Report of the Indian Hemp Drugs Commission, 1894-1895 - Volume II
Year: 1894
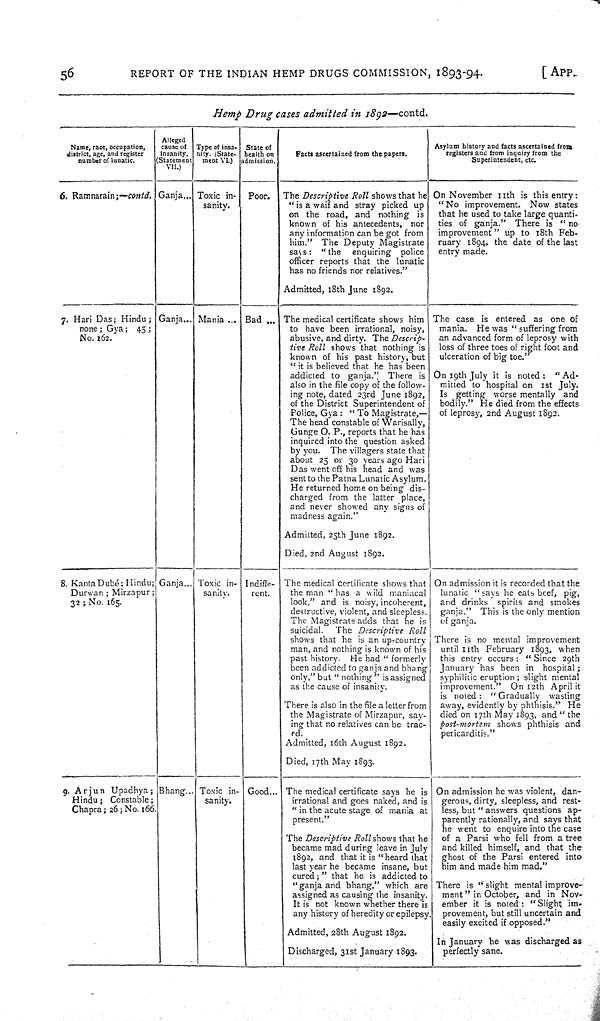
56
REPORT OF THE INDIAN HEMP DRUGS COMMISSION, 1893-94.
[APP.
Hemp
Drug
cases
admitted
in
1892—contd.
Name, race, occupation,
district, age, and register
number of lunatic.
Alleged
cause of
Insanity.
Statement
VII.)
Type of insa-
nity. (State-
ment VI.)
State of
health on
admission.
Facts ascertained from the papers.
Asylum history and facts ascertained from
registers and from inquiry from the
Superintendent, etc.
Name, race, occupation,
district, age, and register
number of lunatic.
Alleged
cause of
Insanity.
Statement
VII.)
Type of insa-
nity. (State-
ment VI.)
State of
health on
admission.
Facts ascertained from the papers.
Asylum history and facts ascertained from
registers and from inquiry from the
Superintendent, etc.
Name, race, occupation,
district, age, and register
number of lunatic.
Alleged
cause of
Insanity.
Statement
VII.)
Type of insa-
nity. (State-
ment VI.)
State of
health on
admission.
Facts ascertained from the papers.
Asylum history and facts ascertained from
registers and from inquiry from the
Superintendent, etc.
Name, race, occupation,
district, age, and register
number of lunatic.
Alleged
cause of
Insanity.
Statement
VII.)
Type of insa-
nity. (State-
ment VI.)
State of
health on
admission.
Facts ascertained from the papers.
Asylum history and facts ascertained from
registers and from inquiry from the
Superintendent, etc.
6. Ramnarain;—contd. Ganja
Toxic in-
sanity.
Poor.
The Descriptive
Roll shows that he
"is a waif and stray picked up
on the road, and nothing
is
known of his antecedents,
nor
any information can be got from
him."
The Deputy Magistrate
says:
"the
enquiring
police
officer reports that the lunatic
has no friends nor relatives."
Admitted, 18th June 1892.
On November 11th is this entry:
"No improvement.
Now states
that he used to take large quanti-
ties of ganja."
There is
"no
improvement" up to 18th Feb-
ruary 1894, the date of the last
entry made.
6. Ramnarain;—contd. Ganja
Toxic in-
sanity.
Poor.
The Descriptive
Roll shows that he
"is a waif and stray picked up
on the road, and nothing
is
known of his antecedents,
nor
any information can be got from
him."
The Deputy Magistrate
says:
"the
enquiring
police
officer reports that the lunatic
has no friends nor relatives."
Admitted, 18th June 1892.
On November 11th is this entry:
"No improvement.
Now states
that he used to take large quanti-
ties of ganja."
There is
"no
improvement" up to 18th Feb-
ruary 1894, the date of the last
entry made.
6. Ramnarain;—contd. Ganja
Toxic in-
sanity.
Poor.
The Descriptive
Roll shows that he
"is a waif and stray picked up
on the road, and nothing
is
known of his antecedents,
nor
any information can be got from
him."
The Deputy Magistrate
says:
"the
enquiring
police
officer reports that the lunatic
has no friends nor relatives."
Admitted, 18th June 1892.
On November 11th is this entry:
"No improvement.
Now states
that he used to take large quanti-
ties of ganja."
There is
"no
improvement" up to 18th Feb-
ruary 1894, the date of the last
entry made.
6. Ramnarain;—contd. Ganja
Toxic in-
sanity.
Poor.
The Descriptive
Roll shows that he
"is a waif and stray picked up
on the road, and nothing
is
known of his antecedents,
nor
any information can be got from
him."
The Deputy Magistrate
says:
"the
enquiring
police
officer reports that the lunatic
has no friends nor relatives."
Admitted, 18th June 1892.
On November 11th is this entry:
"No improvement.
Now states
that he used to take large quanti-
ties of ganja."
There is
"no
improvement" up to 18th Feb-
ruary 1894, the date of the last
entry made.
6. Ramnarain;—contd. Ganja
Toxic in-
sanity.
Poor.
The Descriptive
Roll shows that he
"is a waif and stray picked up
on the road, and nothing
is
known of his antecedents,
nor
any information can be got from
him."
The Deputy Magistrate
says:
"the
enquiring
police
officer reports that the lunatic
has no friends nor relatives."
Admitted, 18th June 1892.
On November 11th is this entry:
"No improvement.
Now states
that he used to take large quanti-
ties of ganja."
There is
"no
improvement" up to 18th Feb-
ruary 1894, the date of the last
entry made.
6. Ramnarain;—contd. Ganja
Toxic in-
sanity.
Poor.
The Descriptive
Roll shows that he
"is a waif and stray picked up
on the road, and nothing
is
known of his antecedents,
nor
any information can be got from
him."
The Deputy Magistrate
says:
"the
enquiring
police
officer reports that the lunatic
has no friends nor relatives."
Admitted, 18th June 1892.
On November 11th is this entry:
"No improvement.
Now states
that he used to take large quanti-
ties of ganja."
There is
"no
improvement" up to 18th Feb-
ruary 1894, the date of the last
entry made.
6. Ramnarain;—contd. Ganja
Toxic in-
sanity.
Poor.
The Descriptive
Roll shows that he
"is a waif and stray picked up
on the road, and nothing
is
known of his antecedents,
nor
any information can be got from
him."
The Deputy Magistrate
says:
"the
enquiring
police
officer reports that the lunatic
has no friends nor relatives."
Admitted, 18th June 1892.
On November 11th is this entry:
"No improvement.
Now states
that he used to take large quanti-
ties of ganja."
There is
"no
improvement" up to 18th Feb-
ruary 1894, the date of the last
entry made.
6. Ramnarain;—contd. Ganja
Toxic in-
sanity.
Poor.
The Descriptive
Roll shows that he
"is a waif and stray picked up
on the road, and nothing
is
known of his antecedents,
nor
any information can be got from
him."
The Deputy Magistrate
says:
"the
enquiring
police
officer reports that the lunatic
has no friends nor relatives."
Admitted, 18th June 1892.
On November 11th is this entry:
"No improvement.
Now states
that he used to take large quanti-
ties of ganja."
There is
"no
improvement" up to 18th Feb-
ruary 1894, the date of the last
entry made.
6. Ramnarain;—contd. Ganja
Toxic in-
sanity.
Poor.
The Descriptive
Roll shows that he
"is a waif and stray picked up
on the road, and nothing
is
known of his antecedents,
nor
any information can be got from
him."
The Deputy Magistrate
says:
"the
enquiring
police
officer reports that the lunatic
has no friends nor relatives."
Admitted, 18th June 1892.
On November 11th is this entry:
"No improvement.
Now states
that he used to take large quanti-
ties of ganja."
There is
"no
improvement" up to 18th Feb-
ruary 1894, the date of the last
entry made.
6. Ramnarain;—contd. Ganja
Toxic in-
sanity.
Poor.
The Descriptive
Roll shows that he
"is a waif and stray picked up
on the road, and nothing
is
known of his antecedents,
nor
any information can be got from
him."
The Deputy Magistrate
says:
"the
enquiring
police
officer reports that the lunatic
has no friends nor relatives."
Admitted, 18th June 1892.
On November 11th is this entry:
"No improvement.
Now states
that he used to take large quanti-
ties of ganja."
There is
"no
improvement" up to 18th Feb-
ruary 1894, the date of the last
entry made.
7. Hari Das; Hindu;
none; Gya;
45;
No. 162.
Ganja
Mania
Bad
The medical certificate shows him
to have been irrational, noisy,
abusive, and dirty. The
Descrip-
tive Roll
shows that nothing is
known of his past history, but
"it is believed that he has been
addicted to ganja."
There is
also in the file copy of the follow-
ing note, dated 23rd June 1892,
of the District Superintendent of
Police, Gya: "To Magistrate,—
The head constable of Warisally,
Gunge O. P., reports that he has
inquired into the question asked
by you.
The villagers state that
about 25 or 30 years ago Hari
Das went off his head and was
sent to the Patna Lunatic Asylum.
He returned home on being dis-
charged from the latter place,
and never showed any signs of
madness again."
Admitted, 25th June 1892.
Died, 2nd August 1892.
The case is entered as one of
mania.
He was "suffering from
an advanced form of leprosy with
loss of three toes of right foot and
ulceration of big toe."
On 19th July it is noted:
"Ad-
mitted to hospital on 1st July.
Is
getting worse mentally
and
bodily." He died from the effects
of leprosy, 2nd August 1892.
7. Hari Das; Hindu;
none; Gya;
45;
No. 162.
Ganja
Mania
Bad
The medical certificate shows him
to have been irrational, noisy,
abusive, and dirty. The
Descrip-
tive Roll
shows that nothing is
known of his past history, but
"it is believed that he has been
addicted to ganja."
There is
also in the file copy of the follow-
ing note, dated 23rd June 1892,
of the District Superintendent of
Police, Gya: "To Magistrate,—
The head constable of Warisally,
Gunge O. P., reports that he has
inquired into the question asked
by you.
The villagers state that
about 25 or 30 years ago Hari
Das went off his head and was
sent to the Patna Lunatic Asylum.
He returned home on being dis-
charged from the latter place,
and never showed any signs of
madness again."
Admitted, 25th June 1892.
Died, 2nd August 1892.
The case is entered as one of
mania.
He was "suffering from
an advanced form of leprosy with
loss of three toes of right foot and
ulceration of big toe."
On 19th July it is noted:
"Ad-
mitted to hospital on 1st July.
Is
getting worse mentally
and
bodily." He died from the effects
of leprosy, 2nd August 1892.
7. Hari Das; Hindu;
none; Gya;
45;
No. 162.
Ganja
Mania
Bad
The medical certificate shows him
to have been irrational, noisy,
abusive, and dirty. The
Descrip-
tive Roll
shows that nothing is
known of his past history, but
"it is believed that he has been
addicted to ganja."
There is
also in the file copy of the follow-
ing note, dated 23rd June 1892,
of the District Superintendent of
Police, Gya: "To Magistrate,—
The head constable of Warisally,
Gunge O. P., reports that he has
inquired into the question asked
by you.
The villagers state that
about 25 or 30 years ago Hari
Das went off his head and was
sent to the Patna Lunatic Asylum.
He returned home on being dis-
charged from the latter place,
and never showed any signs of
madness again."
Admitted, 25th June 1892.
Died, 2nd August 1892.
The case is entered as one of
mania.
He was "suffering from
an advanced form of leprosy with
loss of three toes of right foot and
ulceration of big toe."
On 19th July it is noted:
"Ad-
mitted to hospital on 1st July.
Is
getting worse mentally
and
bodily." He died from the effects
of leprosy, 2nd August 1892.
7. Hari Das; Hindu;
none; Gya;
45;
No. 162.
Ganja
Mania
Bad
The medical certificate shows him
to have been irrational, noisy,
abusive, and dirty. The
Descrip-
tive Roll
shows that nothing is
known of his past history, but
"it is believed that he has been
addicted to ganja."
There is
also in the file copy of the follow-
ing note, dated 23rd June 1892,
of the District Superintendent of
Police, Gya: "To Magistrate,—
The head constable of Warisally,
Gunge O. P., reports that he has
inquired into the question asked
by you.
The villagers state that
about 25 or 30 years ago Hari
Das went off his head and was
sent to the Patna Lunatic Asylum.
He returned home on being dis-
charged from the latter place,
and never showed any signs of
madness again."
Admitted, 25th June 1892.
Died, 2nd August 1892.
The case is entered as one of
mania.
He was "suffering from
an advanced form of leprosy with
loss of three toes of right foot and
ulceration of big toe."
On 19th July it is noted:
"Ad-
mitted to hospital on 1st July.
Is
getting worse mentally
and
bodily." He died from the effects
of leprosy, 2nd August 1892.
7. Hari Das; Hindu;
none; Gya;
45;
No. 162.
Ganja
Mania
Bad
The medical certificate shows him
to have been irrational, noisy,
abusive, and dirty. The
Descrip-
tive Roll
shows that nothing is
known of his past history, but
"it is believed that he has been
addicted to ganja."
There is
also in the file copy of the follow-
ing note, dated 23rd June 1892,
of the District Superintendent of
Police, Gya: "To Magistrate,—
The head constable of Warisally,
Gunge O. P., reports that he has
inquired into the question asked
by you.
The villagers state that
about 25 or 30 years ago Hari
Das went off his head and was
sent to the Patna Lunatic Asylum.
He returned home on being dis-
charged from the latter place,
and never showed any signs of
madness again."
Admitted, 25th June 1892.
Died, 2nd August 1892.
The case is entered as one of
mania.
He was "suffering from
an advanced form of leprosy with
loss of three toes of right foot and
ulceration of big toe."
On 19th July it is noted:
"Ad-
mitted to hospital on 1st July.
Is
getting worse mentally
and
bodily." He died from the effects
of leprosy, 2nd August 1892.
7. Hari Das; Hindu;
none; Gya;
45;
No. 162.
Ganja
Mania
Bad
The medical certificate shows him
to have been irrational, noisy,
abusive, and dirty. The
Descrip-
tive Roll
shows that nothing is
known of his past history, but
"it is believed that he has been
addicted to ganja."
There is
also in the file copy of the follow-
ing note, dated 23rd June 1892,
of the District Superintendent of
Police, Gya: "To Magistrate,—
The head constable of Warisally,
Gunge O. P., reports that he has
inquired into the question asked
by you.
The villagers state that
about 25 or 30 years ago Hari
Das went off his head and was
sent to the Patna Lunatic Asylum.
He returned home on being dis-
charged from the latter place,
and never showed any signs of
madness again."
Admitted, 25th June 1892.
Died, 2nd August 1892.
The case is entered as one of
mania.
He was "suffering from
an advanced form of leprosy with
loss of three toes of right foot and
ulceration of big toe."
On 19th July it is noted:
"Ad-
mitted to hospital on 1st July.
Is
getting worse mentally
and
bodily." He died from the effects
of leprosy, 2nd August 1892.
7. Hari Das; Hindu;
none; Gya;
45;
No. 162.
Ganja
Mania
Bad
The medical certificate shows him
to have been irrational, noisy,
abusive, and dirty. The
Descrip-
tive Roll
shows that nothing is
known of his past history, but
"it is believed that he has been
addicted to ganja."
There is
also in the file copy of the follow-
ing note, dated 23rd June 1892,
of the District Superintendent of
Police, Gya: "To Magistrate,—
The head constable of Warisally,
Gunge O. P., reports that he has
inquired into the question asked
by you.
The villagers state that
about 25 or 30 years ago Hari
Das went off his head and was
sent to the Patna Lunatic Asylum.
He returned home on being dis-
charged from the latter place,
and never showed any signs of
madness again."
Admitted, 25th June 1892.
Died, 2nd August 1892.
The case is entered as one of
mania.
He was "suffering from
an advanced form of leprosy with
loss of three toes of right foot and
ulceration of big toe."
On 19th July it is noted:
"Ad-
mitted to hospital on 1st July.
Is
getting worse mentally
and
bodily." He died from the effects
of leprosy, 2nd August 1892.
7. Hari Das; Hindu;
none; Gya;
45;
No. 162.
Ganja
Mania
Bad
The medical certificate shows him
to have been irrational, noisy,
abusive, and dirty. The
Descrip-
tive Roll
shows that nothing is
known of his past history, but
"it is believed that he has been
addicted to ganja."
There is
also in the file copy of the follow-
ing note, dated 23rd June 1892,
of the District Superintendent of
Police, Gya: "To Magistrate,—
The head constable of Warisally,
Gunge O. P., reports that he has
inquired into the question asked
by you.
The villagers state that
about 25 or 30 years ago Hari
Das went off his head and was
sent to the Patna Lunatic Asylum.
He returned home on being dis-
charged from the latter place,
and never showed any signs of
madness again."
Admitted, 25th June 1892.
Died, 2nd August 1892.
The case is entered as one of
mania.
He was "suffering from
an advanced form of leprosy with
loss of three toes of right foot and
ulceration of big toe."
On 19th July it is noted:
"Ad-
mitted to hospital on 1st July.
Is
getting worse mentally
and
bodily." He died from the effects
of leprosy, 2nd August 1892.
7. Hari Das; Hindu;
none; Gya;
45;
No. 162.
Ganja
Mania
Bad
The medical certificate shows him
to have been irrational, noisy,
abusive, and dirty. The
Descrip-
tive Roll
shows that nothing is
known of his past history, but
"it is believed that he has been
addicted to ganja."
There is
also in the file copy of the follow-
ing note, dated 23rd June 1892,
of the District Superintendent of
Police, Gya: "To Magistrate,—
The head constable of Warisally,
Gunge O. P., reports that he has
inquired into the question asked
by you.
The villagers state that
about 25 or 30 years ago Hari
Das went off his head and was
sent to the Patna Lunatic Asylum.
He returned home on being dis-
charged from the latter place,
and never showed any signs of
madness again."
Admitted, 25th June 1892.
Died, 2nd August 1892.
The case is entered as one of
mania.
He was "suffering from
an advanced form of leprosy with
loss of three toes of right foot and
ulceration of big toe."
On 19th July it is noted:
"Ad-
mitted to hospital on 1st July.
Is
getting worse mentally
and
bodily." He died from the effects
of leprosy, 2nd August 1892.
7. Hari Das; Hindu;
none; Gya;
45;
No. 162.
Ganja
Mania
Bad
The medical certificate shows him
to have been irrational, noisy,
abusive, and dirty. The
Descrip-
tive Roll
shows that nothing is
known of his past history, but
"it is believed that he has been
addicted to ganja."
There is
also in the file copy of the follow-
ing note, dated 23rd June 1892,
of the District Superintendent of
Police, Gya: "To Magistrate,—
The head constable of Warisally,
Gunge O. P., reports that he has
inquired into the question asked
by you.
The villagers state that
about 25 or 30 years ago Hari
Das went off his head and was
sent to the Patna Lunatic Asylum.
He returned home on being dis-
charged from the latter place,
and never showed any signs of
madness again."
Admitted, 25th June 1892.
Died, 2nd August 1892.
The case is entered as one of
mania.
He was "suffering from
an advanced form of leprosy with
loss of three toes of right foot and
ulceration of big toe."
On 19th July it is noted:
"Ad-
mitted to hospital on 1st July.
Is
getting worse mentally
and
bodily." He died from the effects
of leprosy, 2nd August 1892.
7. Hari Das; Hindu;
none; Gya;
45;
No. 162.
Ganja
Mania
Bad
The medical certificate shows him
to have been irrational, noisy,
abusive, and dirty. The
Descrip-
tive Roll
shows that nothing is
known of his past history, but
"it is believed that he has been
addicted to ganja."
There is
also in the file copy of the follow-
ing note, dated 23rd June 1892,
of the District Superintendent of
Police, Gya: "To Magistrate,—
The head constable of Warisally,
Gunge O. P., reports that he has
inquired into the question asked
by you.
The villagers state that
about 25 or 30 years ago Hari
Das went off his head and was
sent to the Patna Lunatic Asylum.
He returned home on being dis-
charged from the latter place,
and never showed any signs of
madness again."
Admitted, 25th June 1892.
Died, 2nd August 1892.
The case is entered as one of
mania.
He was "suffering from
an advanced form of leprosy with
loss of three toes of right foot and
ulceration of big toe."
On 19th July it is noted:
"Ad-
mitted to hospital on 1st July.
Is
getting worse mentally
and
bodily." He died from the effects
of leprosy, 2nd August 1892.
7. Hari Das; Hindu;
none; Gya;
45;
No. 162.
Ganja
Mania
Bad
The medical certificate shows him
to have been irrational, noisy,
abusive, and dirty. The
Descrip-
tive Roll
shows that nothing is
known of his past history, but
"it is believed that he has been
addicted to ganja."
There is
also in the file copy of the follow-
ing note, dated 23rd June 1892,
of the District Superintendent of
Police, Gya: "To Magistrate,—
The head constable of Warisally,
Gunge O. P., reports that he has
inquired into the question asked
by you.
The villagers state that
about 25 or 30 years ago Hari
Das went off his head and was
sent to the Patna Lunatic Asylum.
He returned home on being dis-
charged from the latter place,
and never showed any signs of
madness again."
Admitted, 25th June 1892.
Died, 2nd August 1892.
The case is entered as one of
mania.
He was "suffering from
an advanced form of leprosy with
loss of three toes of right foot and
ulceration of big toe."
On 19th July it is noted:
"Ad-
mitted to hospital on 1st July.
Is
getting worse mentally
and
bodily." He died from the effects
of leprosy, 2nd August 1892.
7. Hari Das; Hindu;
none; Gya;
45;
No. 162.
Ganja
Mania
Bad
The medical certificate shows him
to have been irrational, noisy,
abusive, and dirty. The
Descrip-
tive Roll
shows that nothing is
known of his past history, but
"it is believed that he has been
addicted to ganja."
There is
also in the file copy of the follow-
ing note, dated 23rd June 1892,
of the District Superintendent of
Police, Gya: "To Magistrate,—
The head constable of Warisally,
Gunge O. P., reports that he has
inquired into the question asked
by you.
The villagers state that
about 25 or 30 years ago Hari
Das went off his head and was
sent to the Patna Lunatic Asylum.
He returned home on being dis-
charged from the latter place,
and never showed any signs of
madness again."
Admitted, 25th June 1892.
Died, 2nd August 1892.
The case is entered as one of
mania.
He was "suffering from
an advanced form of leprosy with
loss of three toes of right foot and
ulceration of big toe."
On 19th July it is noted:
"Ad-
mitted to hospital on 1st July.
Is
getting worse mentally
and
bodily." He died from the effects
of leprosy, 2nd August 1892.
7. Hari Das; Hindu;
none; Gya;
45;
No. 162.
Ganja
Mania
Bad
The medical certificate shows him
to have been irrational, noisy,
abusive, and dirty. The
Descrip-
tive Roll
shows that nothing is
known of his past history, but
"it is believed that he has been
addicted to ganja."
There is
also in the file copy of the follow-
ing note, dated 23rd June 1892,
of the District Superintendent of
Police, Gya: "To Magistrate,—
The head constable of Warisally,
Gunge O. P., reports that he has
inquired into the question asked
by you.
The villagers state that
about 25 or 30 years ago Hari
Das went off his head and was
sent to the Patna Lunatic Asylum.
He returned home on being dis-
charged from the latter place,
and never showed any signs of
madness again."
Admitted, 25th June 1892.
Died, 2nd August 1892.
The case is entered as one of
mania.
He was "suffering from
an advanced form of leprosy with
loss of three toes of right foot and
ulceration of big toe."
On 19th July it is noted:
"Ad-
mitted to hospital on 1st July.
Is
getting worse mentally
and
bodily." He died from the effects
of leprosy, 2nd August 1892.
7. Hari Das; Hindu;
none; Gya;
45;
No. 162.
Ganja
Mania
Bad
The medical certificate shows him
to have been irrational, noisy,
abusive, and dirty. The
Descrip-
tive Roll
shows that nothing is
known of his past history, but
"it is believed that he has been
addicted to ganja."
There is
also in the file copy of the follow-
ing note, dated 23rd June 1892,
of the District Superintendent of
Police, Gya: "To Magistrate,—
The head constable of Warisally,
Gunge O. P., reports that he has
inquired into the question asked
by you.
The villagers state that
about 25 or 30 years ago Hari
Das went off his head and was
sent to the Patna Lunatic Asylum.
He returned home on being dis-
charged from the latter place,
and never showed any signs of
madness again."
Admitted, 25th June 1892.
Died, 2nd August 1892.
The case is entered as one of
mania.
He was "suffering from
an advanced form of leprosy with
loss of three toes of right foot and
ulceration of big toe."
On 19th July it is noted:
"Ad-
mitted to hospital on 1st July.
Is
getting worse mentally
and
bodily." He died from the effects
of leprosy, 2nd August 1892.
7. Hari Das; Hindu;
none; Gya;
45;
No. 162.
Ganja
Mania
Bad
The medical certificate shows him
to have been irrational, noisy,
abusive, and dirty. The
Descrip-
tive Roll
shows that nothing is
known of his past history, but
"it is believed that he has been
addicted to ganja."
There is
also in the file copy of the follow-
ing note, dated 23rd June 1892,
of the District Superintendent of
Police, Gya: "To Magistrate,—
The head constable of Warisally,
Gunge O. P., reports that he has
inquired into the question asked
by you.
The villagers state that
about 25 or 30 years ago Hari
Das went off his head and was
sent to the Patna Lunatic Asylum.
He returned home on being dis-
charged from the latter place,
and never showed any signs of
madness again."
Admitted, 25th June 1892.
Died, 2nd August 1892.
The case is entered as one of
mania.
He was "suffering from
an advanced form of leprosy with
loss of three toes of right foot and
ulceration of big toe."
On 19th July it is noted:
"Ad-
mitted to hospital on 1st July.
Is
getting worse mentally
and
bodily." He died from the effects
of leprosy, 2nd August 1892.
7. Hari Das; Hindu;
none; Gya;
45;
No. 162.
Ganja
Mania
Bad
The medical certificate shows him
to have been irrational, noisy,
abusive, and dirty. The
Descrip-
tive Roll
shows that nothing is
known of his past history, but
"it is believed that he has been
addicted to ganja."
There is
also in the file copy of the follow-
ing note, dated 23rd June 1892,
of the District Superintendent of
Police, Gya: "To Magistrate,—
The head constable of Warisally,
Gunge O. P., reports that he has
inquired into the question asked
by you.
The villagers state that
about 25 or 30 years ago Hari
Das went off his head and was
sent to the Patna Lunatic Asylum.
He returned home on being dis-
charged from the latter place,
and never showed any signs of
madness again."
Admitted, 25th June 1892.
Died, 2nd August 1892.
The case is entered as one of
mania.
He was "suffering from
an advanced form of leprosy with
loss of three toes of right foot and
ulceration of big toe."
On 19th July it is noted:
"Ad-
mitted to hospital on 1st July.
Is
getting worse mentally
and
bodily." He died from the effects
of leprosy, 2nd August 1892.
7. Hari Das; Hindu;
none; Gya;
45;
No. 162.
Ganja
Mania
Bad
The medical certificate shows him
to have been irrational, noisy,
abusive, and dirty. The
Descrip-
tive Roll
shows that nothing is
known of his past history, but
"it is believed that he has been
addicted to ganja."
There is
also in the file copy of the follow-
ing note, dated 23rd June 1892,
of the District Superintendent of
Police, Gya: "To Magistrate,—
The head constable of Warisally,
Gunge O. P., reports that he has
inquired into the question asked
by you.
The villagers state that
about 25 or 30 years ago Hari
Das went off his head and was
sent to the Patna Lunatic Asylum.
He returned home on being dis-
charged from the latter place,
and never showed any signs of
madness again."
Admitted, 25th June 1892.
Died, 2nd August 1892.
The case is entered as one of
mania.
He was "suffering from
an advanced form of leprosy with
loss of three toes of right foot and
ulceration of big toe."
On 19th July it is noted:
"Ad-
mitted to hospital on 1st July.
Is
getting worse mentally
and
bodily." He died from the effects
of leprosy, 2nd August 1892.
7. Hari Das; Hindu;
none; Gya;
45;
No. 162.
Ganja
Mania
Bad
The medical certificate shows him
to have been irrational, noisy,
abusive, and dirty. The
Descrip-
tive Roll
shows that nothing is
known of his past history, but
"it is believed that he has been
addicted to ganja."
There is
also in the file copy of the follow-
ing note, dated 23rd June 1892,
of the District Superintendent of
Police, Gya: "To Magistrate,—
The head constable of Warisally,
Gunge O. P., reports that he has
inquired into the question asked
by you.
The villagers state that
about 25 or 30 years ago Hari
Das went off his head and was
sent to the Patna Lunatic Asylum.
He returned home on being dis-
charged from the latter place,
and never showed any signs of
madness again."
Admitted, 25th June 1892.
Died, 2nd August 1892.
The case is entered as one of
mania.
He was "suffering from
an advanced form of leprosy with
loss of three toes of right foot and
ulceration of big toe."
On 19th July it is noted:
"Ad-
mitted to hospital on 1st July.
Is
getting worse mentally
and
bodily." He died from the effects
of leprosy, 2nd August 1892.
7. Hari Das; Hindu;
none; Gya;
45;
No. 162.
Ganja
Mania
Bad
The medical certificate shows him
to have been irrational, noisy,
abusive, and dirty. The
Descrip-
tive Roll
shows that nothing is
known of his past history, but
"it is believed that he has been
addicted to ganja."
There is
also in the file copy of the follow-
ing note, dated 23rd June 1892,
of the District Superintendent of
Police, Gya: "To Magistrate,—
The head constable of Warisally,
Gunge O. P., reports that he has
inquired into the question asked
by you.
The villagers state that
about 25 or 30 years ago Hari
Das went off his head and was
sent to the Patna Lunatic Asylum.
He returned home on being dis-
charged from the latter place,
and never showed any signs of
madness again."
Admitted, 25th June 1892.
Died, 2nd August 1892.
The case is entered as one of
mania.
He was "suffering from
an advanced form of leprosy with
loss of three toes of right foot and
ulceration of big toe."
On 19th July it is noted:
"Ad-
mitted to hospital on 1st July.
Is
getting worse mentally
and
bodily." He died from the effects
of leprosy, 2nd August 1892.
7. Hari Das; Hindu;
none; Gya;
45;
No. 162.
Ganja
Mania
Bad
The medical certificate shows him
to have been irrational, noisy,
abusive, and dirty. The
Descrip-
tive Roll
shows that nothing is
known of his past history, but
"it is believed that he has been
addicted to ganja."
There is
also in the file copy of the follow-
ing note, dated 23rd June 1892,
of the District Superintendent of
Police, Gya: "To Magistrate,—
The head constable of Warisally,
Gunge O. P., reports that he has
inquired into the question asked
by you.
The villagers state that
about 25 or 30 years ago Hari
Das went off his head and was
sent to the Patna Lunatic Asylum.
He returned home on being dis-
charged from the latter place,
and never showed any signs of
madness again."
Admitted, 25th June 1892.
Died, 2nd August 1892.
The case is entered as one of
mania.
He was "suffering from
an advanced form of leprosy with
loss of three toes of right foot and
ulceration of big toe."
On 19th July it is noted:
"Ad-
mitted to hospital on 1st July.
Is
getting worse mentally
and
bodily." He died from the effects
of leprosy, 2nd August 1892.
7. Hari Das; Hindu;
none; Gya;
45;
No. 162.
Ganja
Mania
Bad
The medical certificate shows him
to have been irrational, noisy,
abusive, and dirty. The
Descrip-
tive Roll
shows that nothing is
known of his past history, but
"it is believed that he has been
addicted to ganja."
There is
also in the file copy of the follow-
ing note, dated 23rd June 1892,
of the District Superintendent of
Police, Gya: "To Magistrate,—
The head constable of Warisally,
Gunge O. P., reports that he has
inquired into the question asked
by you.
The villagers state that
about 25 or 30 years ago Hari
Das went off his head and was
sent to the Patna Lunatic Asylum.
He returned home on being dis-
charged from the latter place,
and never showed any signs of
madness again."
Admitted, 25th June 1892.
Died, 2nd August 1892.
The case is entered as one of
mania.
He was "suffering from
an advanced form of leprosy with
loss of three toes of right foot and
ulceration of big toe."
On 19th July it is noted:
"Ad-
mitted to hospital on 1st July.
Is
getting worse mentally
and
bodily." He died from the effects
of leprosy, 2nd August 1892.
7. Hari Das; Hindu;
none; Gya;
45;
No. 162.
Ganja
Mania
Bad
The medical certificate shows him
to have been irrational, noisy,
abusive, and dirty. The
Descrip-
tive Roll
shows that nothing is
known of his past history, but
"it is believed that he has been
addicted to ganja."
There is
also in the file copy of the follow-
ing note, dated 23rd June 1892,
of the District Superintendent of
Police, Gya: "To Magistrate,—
The head constable of Warisally,
Gunge O. P., reports that he has
inquired into the question asked
by you.
The villagers state that
about 25 or 30 years ago Hari
Das went off his head and was
sent to the Patna Lunatic Asylum.
He returned home on being dis-
charged from the latter place,
and never showed any signs of
madness again."
Admitted, 25th June 1892.
Died, 2nd August 1892.
The case is entered as one of
mania.
He was "suffering from
an advanced form of leprosy with
loss of three toes of right foot and
ulceration of big toe."
On 19th July it is noted:
"Ad-
mitted to hospital on 1st July.
Is
getting worse mentally
and
bodily." He died from the effects
of leprosy, 2nd August 1892.
7. Hari Das; Hindu;
none; Gya;
45;
No. 162.
Ganja
Mania
Bad
The medical certificate shows him
to have been irrational, noisy,
abusive, and dirty. The
Descrip-
tive Roll
shows that nothing is
known of his past history, but
"it is believed that he has been
addicted to ganja."
There is
also in the file copy of the follow-
ing note, dated 23rd June 1892,
of the District Superintendent of
Police, Gya: "To Magistrate,—
The head constable of Warisally,
Gunge O. P., reports that he has
inquired into the question asked
by you.
The villagers state that
about 25 or 30 years ago Hari
Das went off his head and was
sent to the Patna Lunatic Asylum.
He returned home on being dis-
charged from the latter place,
and never showed any signs of
madness again."
Admitted, 25th June 1892.
Died, 2nd August 1892.
The case is entered as one of
mania.
He was "suffering from
an advanced form of leprosy with
loss of three toes of right foot and
ulceration of big toe."
On 19th July it is noted:
"Ad-
mitted to hospital on 1st July.
Is
getting worse mentally
and
bodily." He died from the effects
of leprosy, 2nd August 1892.
8. Kanta Dubé; Hindu;
Durwan; Mirzapur;
32; No. 165.
Ganja
Toxic in-
sanity.
Indiffe-
rent.
The medical certificate shows that
the man "has a wild maniacal
look," and is noisy, incoherent,
destructive, violent, and sleepless.
The Magistrate adds that he is
suicidal.
The Descriptive
Roll
shows that he is an up-country
man, and nothing is known of his
past history.
He had "formerly
been addicted to ganja and bhang
only," but "nothing" is assigned
as the cause of insanity.
There is also in the file a letter from
the Magistrate of Mirzapur, say-
ing that no relatives can be trac-
ed.
Admitted, 16th August 1892.
Died, 17th May 1893.
On admission it is recorded that the
lunatic "says he eats beef, pig,
and drinks
spirits and smokes
ganja."
This is the only mention
of ganja.
There is no mental improvement
until 11th February 1893, when
this entry occurs: "Since 29th
January has been in
hospital;
syphilitic eruption; slight mental
improvement."
On 12th April it
is noted: "Gradually
wasting
away, evidently by phthisis."
He
died on 17th May 1893, and "the
post-mortem
shows phthisis and
pericarditis."
8. Kanta Dubé; Hindu;
Durwan; Mirzapur;
32; No. 165.
Ganja
Toxic in-
sanity.
Indiffe-
rent.
The medical certificate shows that
the man "has a wild maniacal
look," and is noisy, incoherent,
destructive, violent, and sleepless.
The Magistrate adds that he is
suicidal.
The Descriptive
Roll
shows that he is an up-country
man, and nothing is known of his
past history.
He had "formerly
been addicted to ganja and bhang
only," but "nothing" is assigned
as the cause of insanity.
There is also in the file a letter from
the Magistrate of Mirzapur, say-
ing that no relatives can be trac-
ed.
Admitted, 16th August 1892.
Died, 17th May 1893.
On admission it is recorded that the
lunatic "says he eats beef, pig,
and drinks
spirits and smokes
ganja."
This is the only mention
of ganja.
There is no mental improvement
until 11th February 1893, when
this entry occurs: "Since 29th
January has been in
hospital;
syphilitic eruption; slight mental
improvement."
On 12th April it
is noted: "Gradually
wasting
away, evidently by phthisis."
He
died on 17th May 1893, and "the
post-mortem
shows phthisis and
pericarditis."
8. Kanta Dubé; Hindu;
Durwan; Mirzapur;
32; No. 165.
Ganja
Toxic in-
sanity.
Indiffe-
rent.
The medical certificate shows that
the man "has a wild maniacal
look," and is noisy, incoherent,
destructive, violent, and sleepless.
The Magistrate adds that he is
suicidal.
The Descriptive
Roll
shows that he is an up-country
man, and nothing is known of his
past history.
He had "formerly
been addicted to ganja and bhang
only," but "nothing" is assigned
as the cause of insanity.
There is also in the file a letter from
the Magistrate of Mirzapur, say-
ing that no relatives can be trac-
ed.
Admitted, 16th August 1892.
Died, 17th May 1893.
On admission it is recorded that the
lunatic "says he eats beef, pig,
and drinks
spirits and smokes
ganja."
This is the only mention
of ganja.
There is no mental improvement
until 11th February 1893, when
this entry occurs: "Since 29th
January has been in
hospital;
syphilitic eruption; slight mental
improvement."
On 12th April it
is noted: "Gradually
wasting
away, evidently by phthisis."
He
died on 17th May 1893, and "the
post-mortem
shows phthisis and
pericarditis."
8. Kanta Dubé; Hindu;
Durwan; Mirzapur;
32; No. 165.
Ganja
Toxic in-
sanity.
Indiffe-
rent.
The medical certificate shows that
the man "has a wild maniacal
look," and is noisy, incoherent,
destructive, violent, and sleepless.
The Magistrate adds that he is
suicidal.
The Descriptive
Roll
shows that he is an up-country
man, and nothing is known of his
past history.
He had "formerly
been addicted to ganja and bhang
only," but "nothing" is assigned
as the cause of insanity.
There is also in the file a letter from
the Magistrate of Mirzapur, say-
ing that no relatives can be trac-
ed.
Admitted, 16th August 1892.
Died, 17th May 1893.
On admission it is recorded that the
lunatic "says he eats beef, pig,
and drinks
spirits and smokes
ganja."
This is the only mention
of ganja.
There is no mental improvement
until 11th February 1893, when
this entry occurs: "Since 29th
January has been in
hospital;
syphilitic eruption; slight mental
improvement."
On 12th April it
is noted: "Gradually
wasting
away, evidently by phthisis."
He
died on 17th May 1893, and "the
post-mortem
shows phthisis and
pericarditis."
8. Kanta Dubé; Hindu;
Durwan; Mirzapur;
32; No. 165.
Ganja
Toxic in-
sanity.
Indiffe-
rent.
The medical certificate shows that
the man "has a wild maniacal
look," and is noisy, incoherent,
destructive, violent, and sleepless.
The Magistrate adds that he is
suicidal.
The Descriptive
Roll
shows that he is an up-country
man, and nothing is known of his
past history.
He had "formerly
been addicted to ganja and bhang
only," but "nothing" is assigned
as the cause of insanity.
There is also in the file a letter from
the Magistrate of Mirzapur, say-
ing that no relatives can be trac-
ed.
Admitted, 16th August 1892.
Died, 17th May 1893.
On admission it is recorded that the
lunatic "says he eats beef, pig,
and drinks
spirits and smokes
ganja."
This is the only mention
of ganja.
There is no mental improvement
until 11th February 1893, when
this entry occurs: "Since 29th
January has been in
hospital;
syphilitic eruption; slight mental
improvement."
On 12th April it
is noted: "Gradually
wasting
away, evidently by phthisis."
He
died on 17th May 1893, and "the
post-mortem
shows phthisis and
pericarditis."
8. Kanta Dubé; Hindu;
Durwan; Mirzapur;
32; No. 165.
Ganja
Toxic in-
sanity.
Indiffe-
rent.
The medical certificate shows that
the man "has a wild maniacal
look," and is noisy, incoherent,
destructive, violent, and sleepless.
The Magistrate adds that he is
suicidal.
The Descriptive
Roll
shows that he is an up-country
man, and nothing is known of his
past history.
He had "formerly
been addicted to ganja and bhang
only," but "nothing" is assigned
as the cause of insanity.
There is also in the file a letter from
the Magistrate of Mirzapur, say-
ing that no relatives can be trac-
ed.
Admitted, 16th August 1892.
Died, 17th May 1893.
On admission it is recorded that the
lunatic "says he eats beef, pig,
and drinks
spirits and smokes
ganja."
This is the only mention
of ganja.
There is no mental improvement
until 11th February 1893, when
this entry occurs: "Since 29th
January has been in
hospital;
syphilitic eruption; slight mental
improvement."
On 12th April it
is noted: "Gradually
wasting
away, evidently by phthisis."
He
died on 17th May 1893, and "the
post-mortem
shows phthisis and
pericarditis."
8. Kanta Dubé; Hindu;
Durwan; Mirzapur;
32; No. 165.
Ganja
Toxic in-
sanity.
Indiffe-
rent.
The medical certificate shows that
the man "has a wild maniacal
look," and is noisy, incoherent,
destructive, violent, and sleepless.
The Magistrate adds that he is
suicidal.
The Descriptive
Roll
shows that he is an up-country
man, and nothing is known of his
past history.
He had "formerly
been addicted to ganja and bhang
only," but "nothing" is assigned
as the cause of insanity.
There is also in the file a letter from
the Magistrate of Mirzapur, say-
ing that no relatives can be trac-
ed.
Admitted, 16th August 1892.
Died, 17th May 1893.
On admission it is recorded that the
lunatic "says he eats beef, pig,
and drinks
spirits and smokes
ganja."
This is the only mention
of ganja.
There is no mental improvement
until 11th February 1893, when
this entry occurs: "Since 29th
January has been in
hospital;
syphilitic eruption; slight mental
improvement."
On 12th April it
is noted: "Gradually
wasting
away, evidently by phthisis."
He
died on 17th May 1893, and "the
post-mortem
shows phthisis and
pericarditis."
8. Kanta Dubé; Hindu;
Durwan; Mirzapur;
32; No. 165.
Ganja
Toxic in-
sanity.
Indiffe-
rent.
The medical certificate shows that
the man "has a wild maniacal
look," and is noisy, incoherent,
destructive, violent, and sleepless.
The Magistrate adds that he is
suicidal.
The Descriptive
Roll
shows that he is an up-country
man, and nothing is known of his
past history.
He had "formerly
been addicted to ganja and bhang
only," but "nothing" is assigned
as the cause of insanity.
There is also in the file a letter from
the Magistrate of Mirzapur, say-
ing that no relatives can be trac-
ed.
Admitted, 16th August 1892.
Died, 17th May 1893.
On admission it is recorded that the
lunatic "says he eats beef, pig,
and drinks
spirits and smokes
ganja."
This is the only mention
of ganja.
There is no mental improvement
until 11th February 1893, when
this entry occurs: "Since 29th
January has been in
hospital;
syphilitic eruption; slight mental
improvement."
On 12th April it
is noted: "Gradually
wasting
away, evidently by phthisis."
He
died on 17th May 1893, and "the
post-mortem
shows phthisis and
pericarditis."
8. Kanta Dubé; Hindu;
Durwan; Mirzapur;
32; No. 165.
Ganja
Toxic in-
sanity.
Indiffe-
rent.
The medical certificate shows that
the man "has a wild maniacal
look," and is noisy, incoherent,
destructive, violent, and sleepless.
The Magistrate adds that he is
suicidal.
The Descriptive
Roll
shows that he is an up-country
man, and nothing is known of his
past history.
He had "formerly
been addicted to ganja and bhang
only," but "nothing" is assigned
as the cause of insanity.
There is also in the file a letter from
the Magistrate of Mirzapur, say-
ing that no relatives can be trac-
ed.
Admitted, 16th August 1892.
Died, 17th May 1893.
On admission it is recorded that the
lunatic "says he eats beef, pig,
and drinks
spirits and smokes
ganja."
This is the only mention
of ganja.
There is no mental improvement
until 11th February 1893, when
this entry occurs: "Since 29th
January has been in
hospital;
syphilitic eruption; slight mental
improvement."
On 12th April it
is noted: "Gradually
wasting
away, evidently by phthisis."
He
died on 17th May 1893, and "the
post-mortem
shows phthisis and
pericarditis."
8. Kanta Dubé; Hindu;
Durwan; Mirzapur;
32; No. 165.
Ganja
Toxic in-
sanity.
Indiffe-
rent.
The medical certificate shows that
the man "has a wild maniacal
look," and is noisy, incoherent,
destructive, violent, and sleepless.
The Magistrate adds that he is
suicidal.
The Descriptive
Roll
shows that he is an up-country
man, and nothing is known of his
past history.
He had "formerly
been addicted to ganja and bhang
only," but "nothing" is assigned
as the cause of insanity.
There is also in the file a letter from
the Magistrate of Mirzapur, say-
ing that no relatives can be trac-
ed.
Admitted, 16th August 1892.
Died, 17th May 1893.
On admission it is recorded that the
lunatic "says he eats beef, pig,
and drinks
spirits and smokes
ganja."
This is the only mention
of ganja.
There is no mental improvement
until 11th February 1893, when
this entry occurs: "Since 29th
January has been in
hospital;
syphilitic eruption; slight mental
improvement."
On 12th April it
is noted: "Gradually
wasting
away, evidently by phthisis."
He
died on 17th May 1893, and "the
post-mortem
shows phthisis and
pericarditis."
8. Kanta Dubé; Hindu;
Durwan; Mirzapur;
32; No. 165.
Ganja
Toxic in-
sanity.
Indiffe-
rent.
The medical certificate shows that
the man "has a wild maniacal
look," and is noisy, incoherent,
destructive, violent, and sleepless.
The Magistrate adds that he is
suicidal.
The Descriptive
Roll
shows that he is an up-country
man, and nothing is known of his
past history.
He had "formerly
been addicted to ganja and bhang
only," but "nothing" is assigned
as the cause of insanity.
There is also in the file a letter from
the Magistrate of Mirzapur, say-
ing that no relatives can be trac-
ed.
Admitted, 16th August 1892.
Died, 17th May 1893.
On admission it is recorded that the
lunatic "says he eats beef, pig,
and drinks
spirits and smokes
ganja."
This is the only mention
of ganja.
There is no mental improvement
until 11th February 1893, when
this entry occurs: "Since 29th
January has been in
hospital;
syphilitic eruption; slight mental
improvement."
On 12th April it
is noted: "Gradually
wasting
away, evidently by phthisis."
He
died on 17th May 1893, and "the
post-mortem
shows phthisis and
pericarditis."
8. Kanta Dubé; Hindu;
Durwan; Mirzapur;
32; No. 165.
Ganja
Toxic in-
sanity.
Indiffe-
rent.
The medical certificate shows that
the man "has a wild maniacal
look," and is noisy, incoherent,
destructive, violent, and sleepless.
The Magistrate adds that he is
suicidal.
The Descriptive
Roll
shows that he is an up-country
man, and nothing is known of his
past history.
He had "formerly
been addicted to ganja and bhang
only," but "nothing" is assigned
as the cause of insanity.
There is also in the file a letter from
the Magistrate of Mirzapur, say-
ing that no relatives can be trac-
ed.
Admitted, 16th August 1892.
Died, 17th May 1893.
On admission it is recorded that the
lunatic "says he eats beef, pig,
and drinks
spirits and smokes
ganja."
This is the only mention
of ganja.
There is no mental improvement
until 11th February 1893, when
this entry occurs: "Since 29th
January has been in
hospital;
syphilitic eruption; slight mental
improvement."
On 12th April it
is noted: "Gradually
wasting
away, evidently by phthisis."
He
died on 17th May 1893, and "the
post-mortem
shows phthisis and
pericarditis."
8. Kanta Dubé; Hindu;
Durwan; Mirzapur;
32; No. 165.
Ganja
Toxic in-
sanity.
Indiffe-
rent.
The medical certificate shows that
the man "has a wild maniacal
look," and is noisy, incoherent,
destructive, violent, and sleepless.
The Magistrate adds that he is
suicidal.
The Descriptive
Roll
shows that he is an up-country
man, and nothing is known of his
past history.
He had "formerly
been addicted to ganja and bhang
only," but "nothing" is assigned
as the cause of insanity.
There is also in the file a letter from
the Magistrate of Mirzapur, say-
ing that no relatives can be trac-
ed.
Admitted, 16th August 1892.
Died, 17th May 1893.
On admission it is recorded that the
lunatic "says he eats beef, pig,
and drinks
spirits and smokes
ganja."
This is the only mention
of ganja.
There is no mental improvement
until 11th February 1893, when
this entry occurs: "Since 29th
January has been in
hospital;
syphilitic eruption; slight mental
improvement."
On 12th April it
is noted: "Gradually
wasting
away, evidently by phthisis."
He
died on 17th May 1893, and "the
post-mortem
shows phthisis and
pericarditis."
8. Kanta Dubé; Hindu;
Durwan; Mirzapur;
32; No. 165.
Ganja
Toxic in-
sanity.
Indiffe-
rent.
The medical certificate shows that
the man "has a wild maniacal
look," and is noisy, incoherent,
destructive, violent, and sleepless.
The Magistrate adds that he is
suicidal.
The Descriptive
Roll
shows that he is an up-country
man, and nothing is known of his
past history.
He had "formerly
been addicted to ganja and bhang
only," but "nothing" is assigned
as the cause of insanity.
There is also in the file a letter from
the Magistrate of Mirzapur, say-
ing that no relatives can be trac-
ed.
Admitted, 16th August 1892.
Died, 17th May 1893.
On admission it is recorded that the
lunatic "says he eats beef, pig,
and drinks
spirits and smokes
ganja."
This is the only mention
of ganja.
There is no mental improvement
until 11th February 1893, when
this entry occurs: "Since 29th
January has been in
hospital;
syphilitic eruption; slight mental
improvement."
On 12th April it
is noted: "Gradually
wasting
away, evidently by phthisis."
He
died on 17th May 1893, and "the
post-mortem
shows phthisis and
pericarditis."
8. Kanta Dubé; Hindu;
Durwan; Mirzapur;
32; No. 165.
Ganja
Toxic in-
sanity.
Indiffe-
rent.
The medical certificate shows that
the man "has a wild maniacal
look," and is noisy, incoherent,
destructive, violent, and sleepless.
The Magistrate adds that he is
suicidal.
The Descriptive
Roll
shows that he is an up-country
man, and nothing is known of his
past history.
He had "formerly
been addicted to ganja and bhang
only," but "nothing" is assigned
as the cause of insanity.
There is also in the file a letter from
the Magistrate of Mirzapur, say-
ing that no relatives can be trac-
ed.
Admitted, 16th August 1892.
Died, 17th May 1893.
On admission it is recorded that the
lunatic "says he eats beef, pig,
and drinks
spirits and smokes
ganja."
This is the only mention
of ganja.
There is no mental improvement
until 11th February 1893, when
this entry occurs: "Since 29th
January has been in
hospital;
syphilitic eruption; slight mental
improvement."
On 12th April it
is noted: "Gradually
wasting
away, evidently by phthisis."
He
died on 17th May 1893, and "the
post-mortem
shows phthisis and
pericarditis."
8. Kanta Dubé; Hindu;
Durwan; Mirzapur;
32; No. 165.
Ganja
Toxic in-
sanity.
Indiffe-
rent.
The medical certificate shows that
the man "has a wild maniacal
look," and is noisy, incoherent,
destructive, violent, and sleepless.
The Magistrate adds that he is
suicidal.
The Descriptive
Roll
shows that he is an up-country
man, and nothing is known of his
past history.
He had "formerly
been addicted to ganja and bhang
only," but "nothing" is assigned
as the cause of insanity.
There is also in the file a letter from
the Magistrate of Mirzapur, say-
ing that no relatives can be trac-
ed.
Admitted, 16th August 1892.
Died, 17th May 1893.
On admission it is recorded that the
lunatic "says he eats beef, pig,
and drinks
spirits and smokes
ganja."
This is the only mention
of ganja.
There is no mental improvement
until 11th February 1893, when
this entry occurs: "Since 29th
January has been in
hospital;
syphilitic eruption; slight mental
improvement."
On 12th April it
is noted: "Gradually
wasting
away, evidently by phthisis."
He
died on 17th May 1893, and "the
post-mortem
shows phthisis and
pericarditis."
8. Kanta Dubé; Hindu;
Durwan; Mirzapur;
32; No. 165.
Ganja
Toxic in-
sanity.
Indiffe-
rent.
The medical certificate shows that
the man "has a wild maniacal
look," and is noisy, incoherent,
destructive, violent, and sleepless.
The Magistrate adds that he is
suicidal.
The Descriptive
Roll
shows that he is an up-country
man, and nothing is known of his
past history.
He had "formerly
been addicted to ganja and bhang
only," but "nothing" is assigned
as the cause of insanity.
There is also in the file a letter from
the Magistrate of Mirzapur, say-
ing that no relatives can be trac-
ed.
Admitted, 16th August 1892.
Died, 17th May 1893.
On admission it is recorded that the
lunatic "says he eats beef, pig,
and drinks
spirits and smokes
ganja."
This is the only mention
of ganja.
There is no mental improvement
until 11th February 1893, when
this entry occurs: "Since 29th
January has been in
hospital;
syphilitic eruption; slight mental
improvement."
On 12th April it
is noted: "Gradually
wasting
away, evidently by phthisis."
He
died on 17th May 1893, and "the
post-mortem
shows phthisis and
pericarditis."
8. Kanta Dubé; Hindu;
Durwan; Mirzapur;
32; No. 165.
Ganja
Toxic in-
sanity.
Indiffe-
rent.
The medical certificate shows that
the man "has a wild maniacal
look," and is noisy, incoherent,
destructive, violent, and sleepless.
The Magistrate adds that he is
suicidal.
The Descriptive
Roll
shows that he is an up-country
man, and nothing is known of his
past history.
He had "formerly
been addicted to ganja and bhang
only," but "nothing" is assigned
as the cause of insanity.
There is also in the file a letter from
the Magistrate of Mirzapur, say-
ing that no relatives can be trac-
ed.
Admitted, 16th August 1892.
Died, 17th May 1893.
On admission it is recorded that the
lunatic "says he eats beef, pig,
and drinks
spirits and smokes
ganja."
This is the only mention
of ganja.
There is no mental improvement
until 11th February 1893, when
this entry occurs: "Since 29th
January has been in
hospital;
syphilitic eruption; slight mental
improvement."
On 12th April it
is noted: "Gradually
wasting
away, evidently by phthisis."
He
died on 17th May 1893, and "the
post-mortem
shows phthisis and
pericarditis."
8. Kanta Dubé; Hindu;
Durwan; Mirzapur;
32; No. 165.
Ganja
Toxic in-
sanity.
Indiffe-
rent.
The medical certificate shows that
the man "has a wild maniacal
look," and is noisy, incoherent,
destructive, violent, and sleepless.
The Magistrate adds that he is
suicidal.
The Descriptive
Roll
shows that he is an up-country
man, and nothing is known of his
past history.
He had "formerly
been addicted to ganja and bhang
only," but "nothing" is assigned
as the cause of insanity.
There is also in the file a letter from
the Magistrate of Mirzapur, say-
ing that no relatives can be trac-
ed.
Admitted, 16th August 1892.
Died, 17th May 1893.
On admission it is recorded that the
lunatic "says he eats beef, pig,
and drinks
spirits and smokes
ganja."
This is the only mention
of ganja.
There is no mental improvement
until 11th February 1893, when
this entry occurs: "Since 29th
January has been in
hospital;
syphilitic eruption; slight mental
improvement."
On 12th April it
is noted: "Gradually
wasting
away, evidently by phthisis."
He
died on 17th May 1893, and "the
post-mortem
shows phthisis and
pericarditis."
9. Arjun
Upadhya;
Hindu;
Constable;
Chapra; 26; No. 166.
Bhang
Toxic in-
sanity.
Good
The medical certificate says he is
irrational and goes naked, and is
"in the acute stage of mania at
present."
The Descriptive
Roll shows that he
became mad during leave in July
1892, and that it is "heard that
last year he became insane, but
cured;" that he is addicted to
"ganja and bhang," which are
assigned as causing the insanity.
It is not known whether there is
any history of heredity or epilepsy
Admitted, 28th August 1892.
Discharged, 31st January 1893.
On admission he was violent, dan-
gerous, dirty, sleepless, and rest-
less, but "answers questions ap-
parently rationally, and says that
he went to enquire into the case
of a Parsi who fell from a tree
and killed himself, and that the
ghost of the Parsi entered into
him and made him mad."
There is "slight mental improve-
ment" in October, and in Nov-
ember it is noted: "Slight
im-
provement, but still uncertain and
easily excited if opposed."
In January he was discharged as
perfectly sane.
9. Arjun
Upadhya;
Hindu;
Constable;
Chapra; 26; No. 166.
Bhang
Toxic in-
sanity.
Good
The medical certificate says he is
irrational and goes naked, and is
"in the acute stage of mania at
present."
The Descriptive
Roll shows that he
became mad during leave in July
1892, and that it is "heard that
last year he became insane, but
cured;" that he is addicted to
"ganja and bhang," which are
assigned as causing the insanity.
It is not known whether there is
any history of heredity or epilepsy
Admitted, 28th August 1892.
Discharged, 31st January 1893.
On admission he was violent, dan-
gerous, dirty, sleepless, and rest-
less, but "answers questions ap-
parently rationally, and says that
he went to enquire into the case
of a Parsi who fell from a tree
and killed himself, and that the
ghost of the Parsi entered into
him and made him mad."
There is "slight mental improve-
ment" in October, and in Nov-
ember it is noted: "Slight
im-
provement, but still uncertain and
easily excited if opposed."
In January he was discharged as
perfectly sane.
9. Arjun
Upadhya;
Hindu;
Constable;
Chapra; 26; No. 166.
Bhang
Toxic in-
sanity.
Good
The medical certificate says he is
irrational and goes naked, and is
"in the acute stage of mania at
present."
The Descriptive
Roll shows that he
became mad during leave in July
1892, and that it is "heard that
last year he became insane, but
cured;" that he is addicted to
"ganja and bhang," which are
assigned as causing the insanity.
It is not known whether there is
any history of heredity or epilepsy
Admitted, 28th August 1892.
Discharged, 31st January 1893.
On admission he was violent, dan-
gerous, dirty, sleepless, and rest-
less, but "answers questions ap-
parently rationally, and says that
he went to enquire into the case
of a Parsi who fell from a tree
and killed himself, and that the
ghost of the Parsi entered into
him and made him mad."
There is "slight mental improve-
ment" in October, and in Nov-
ember it is noted: "Slight
im-
provement, but still uncertain and
easily excited if opposed."
In January he was discharged as
perfectly sane.
9. Arjun
Upadhya;
Hindu;
Constable;
Chapra; 26; No. 166.
Bhang
Toxic in-
sanity.
Good
The medical certificate says he is
irrational and goes naked, and is
"in the acute stage of mania at
present."
The Descriptive
Roll shows that he
became mad during leave in July
1892, and that it is "heard that
last year he became insane, but
cured;" that he is addicted to
"ganja and bhang," which are
assigned as causing the insanity.
It is not known whether there is
any history of heredity or epilepsy
Admitted, 28th August 1892.
Discharged, 31st January 1893.
On admission he was violent, dan-
gerous, dirty, sleepless, and rest-
less, but "answers questions ap-
parently rationally, and says that
he went to enquire into the case
of a Parsi who fell from a tree
and killed himself, and that the
ghost of the Parsi entered into
him and made him mad."
There is "slight mental improve-
ment" in October, and in Nov-
ember it is noted: "Slight
im-
provement, but still uncertain and
easily excited if opposed."
In January he was discharged as
perfectly sane.
9. Arjun
Upadhya;
Hindu;
Constable;
Chapra; 26; No. 166.
Bhang
Toxic in-
sanity.
Good
The medical certificate says he is
irrational and goes naked, and is
"in the acute stage of mania at
present."
The Descriptive
Roll shows that he
became mad during leave in July
1892, and that it is "heard that
last year he became insane, but
cured;" that he is addicted to
"ganja and bhang," which are
assigned as causing the insanity.
It is not known whether there is
any history of heredity or epilepsy
Admitted, 28th August 1892.
Discharged, 31st January 1893.
On admission he was violent, dan-
gerous, dirty, sleepless, and rest-
less, but "answers questions ap-
parently rationally, and says that
he went to enquire into the case
of a Parsi who fell from a tree
and killed himself, and that the
ghost of the Parsi entered into
him and made him mad."
There is "slight mental improve-
ment" in October, and in Nov-
ember it is noted: "Slight
im-
provement, but still uncertain and
easily excited if opposed."
In January he was discharged as
perfectly sane.
9. Arjun
Upadhya;
Hindu;
Constable;
Chapra; 26; No. 166.
Bhang
Toxic in-
sanity.
Good
The medical certificate says he is
irrational and goes naked, and is
"in the acute stage of mania at
present."
The Descriptive
Roll shows that he
became mad during leave in July
1892, and that it is "heard that
last year he became insane, but
cured;" that he is addicted to
"ganja and bhang," which are
assigned as causing the insanity.
It is not known whether there is
any history of heredity or epilepsy
Admitted, 28th August 1892.
Discharged, 31st January 1893.
On admission he was violent, dan-
gerous, dirty, sleepless, and rest-
less, but "answers questions ap-
parently rationally, and says that
he went to enquire into the case
of a Parsi who fell from a tree
and killed himself, and that the
ghost of the Parsi entered into
him and made him mad."
There is "slight mental improve-
ment" in October, and in Nov-
ember it is noted: "Slight
im-
provement, but still uncertain and
easily excited if opposed."
In January he was discharged as
perfectly sane.
9. Arjun
Upadhya;
Hindu;
Constable;
Chapra; 26; No. 166.
Bhang
Toxic in-
sanity.
Good
The medical certificate says he is
irrational and goes naked, and is
"in the acute stage of mania at
present."
The Descriptive
Roll shows that he
became mad during leave in July
1892, and that it is "heard that
last year he became insane, but
cured;" that he is addicted to
"ganja and bhang," which are
assigned as causing the insanity.
It is not known whether there is
any history of heredity or epilepsy
Admitted, 28th August 1892.
Discharged, 31st January 1893.
On admission he was violent, dan-
gerous, dirty, sleepless, and rest-
less, but "answers questions ap-
parently rationally, and says that
he went to enquire into the case
of a Parsi who fell from a tree
and killed himself, and that the
ghost of the Parsi entered into
him and made him mad."
There is "slight mental improve-
ment" in October, and in Nov-
ember it is noted: "Slight
im-
provement, but still uncertain and
easily excited if opposed."
In January he was discharged as
perfectly sane.
9. Arjun
Upadhya;
Hindu;
Constable;
Chapra; 26; No. 166.
Bhang
Toxic in-
sanity.
Good
The medical certificate says he is
irrational and goes naked, and is
"in the acute stage of mania at
present."
The Descriptive
Roll shows that he
became mad during leave in July
1892, and that it is "heard that
last year he became insane, but
cured;" that he is addicted to
"ganja and bhang," which are
assigned as causing the insanity.
It is not known whether there is
any history of heredity or epilepsy
Admitted, 28th August 1892.
Discharged, 31st January 1893.
On admission he was violent, dan-
gerous, dirty, sleepless, and rest-
less, but "answers questions ap-
parently rationally, and says that
he went to enquire into the case
of a Parsi who fell from a tree
and killed himself, and that the
ghost of the Parsi entered into
him and made him mad."
There is "slight mental improve-
ment" in October, and in Nov-
ember it is noted: "Slight
im-
provement, but still uncertain and
easily excited if opposed."
In January he was discharged as
perfectly sane.
9. Arjun
Upadhya;
Hindu;
Constable;
Chapra; 26; No. 166.
Bhang
Toxic in-
sanity.
Good
The medical certificate says he is
irrational and goes naked, and is
"in the acute stage of mania at
present."
The Descriptive
Roll shows that he
became mad during leave in July
1892, and that it is "heard that
last year he became insane, but
cured;" that he is addicted to
"ganja and bhang," which are
assigned as causing the insanity.
It is not known whether there is
any history of heredity or epilepsy
Admitted, 28th August 1892.
Discharged, 31st January 1893.
On admission he was violent, dan-
gerous, dirty, sleepless, and rest-
less, but "answers questions ap-
parently rationally, and says that
he went to enquire into the case
of a Parsi who fell from a tree
and killed himself, and that the
ghost of the Parsi entered into
him and made him mad."
There is "slight mental improve-
ment" in October, and in Nov-
ember it is noted: "Slight
im-
provement, but still uncertain and
easily excited if opposed."
In January he was discharged as
perfectly sane.
9. Arjun
Upadhya;
Hindu;
Constable;
Chapra; 26; No. 166.
Bhang
Toxic in-
sanity.
Good
The medical certificate says he is
irrational and goes naked, and is
"in the acute stage of mania at
present."
The Descriptive
Roll shows that he
became mad during leave in July
1892, and that it is "heard that
last year he became insane, but
cured;" that he is addicted to
"ganja and bhang," which are
assigned as causing the insanity.
It is not known whether there is
any history of heredity or epilepsy
Admitted, 28th August 1892.
Discharged, 31st January 1893.
On admission he was violent, dan-
gerous, dirty, sleepless, and rest-
less, but "answers questions ap-
parently rationally, and says that
he went to enquire into the case
of a Parsi who fell from a tree
and killed himself, and that the
ghost of the Parsi entered into
him and made him mad."
There is "slight mental improve-
ment" in October, and in Nov-
ember it is noted: "Slight
im-
provement, but still uncertain and
easily excited if opposed."
In January he was discharged as
perfectly sane.
9. Arjun
Upadhya;
Hindu;
Constable;
Chapra; 26; No. 166.
Bhang
Toxic in-
sanity.
Good
The medical certificate says he is
irrational and goes naked, and is
"in the acute stage of mania at
present."
The Descriptive
Roll shows that he
became mad during leave in July
1892, and that it is "heard that
last year he became insane, but
cured;" that he is addicted to
"ganja and bhang," which are
assigned as causing the insanity.
It is not known whether there is
any history of heredity or epilepsy
Admitted, 28th August 1892.
Discharged, 31st January 1893.
On admission he was violent, dan-
gerous, dirty, sleepless, and rest-
less, but "answers questions ap-
parently rationally, and says that
he went to enquire into the case
of a Parsi who fell from a tree
and killed himself, and that the
ghost of the Parsi entered into
him and made him mad."
There is "slight mental improve-
ment" in October, and in Nov-
ember it is noted: "Slight
im-
provement, but still uncertain and
easily excited if opposed."
In January he was discharged as
perfectly sane.
9. Arjun
Upadhya;
Hindu;
Constable;
Chapra; 26; No. 166.
Bhang
Toxic in-
sanity.
Good
The medical certificate says he is
irrational and goes naked, and is
"in the acute stage of mania at
present."
The Descriptive
Roll shows that he
became mad during leave in July
1892, and that it is "heard that
last year he became insane, but
cured;" that he is addicted to
"ganja and bhang," which are
assigned as causing the insanity.
It is not known whether there is
any history of heredity or epilepsy
Admitted, 28th August 1892.
Discharged, 31st January 1893.
On admission he was violent, dan-
gerous, dirty, sleepless, and rest-
less, but "answers questions ap-
parently rationally, and says that
he went to enquire into the case
of a Parsi who fell from a tree
and killed himself, and that the
ghost of the Parsi entered into
him and made him mad."
There is "slight mental improve-
ment" in October, and in Nov-
ember it is noted: "Slight
im-
provement, but still uncertain and
easily excited if opposed."
In January he was discharged as
perfectly sane.
9. Arjun
Upadhya;
Hindu;
Constable;
Chapra; 26; No. 166.
Bhang
Toxic in-
sanity.
Good
The medical certificate says he is
irrational and goes naked, and is
"in the acute stage of mania at
present."
The Descriptive
Roll shows that he
became mad during leave in July
1892, and that it is "heard that
last year he became insane, but
cured;" that he is addicted to
"ganja and bhang," which are
assigned as causing the insanity.
It is not known whether there is
any history of heredity or epilepsy
Admitted, 28th August 1892.
Discharged, 31st January 1893.
On admission he was violent, dan-
gerous, dirty, sleepless, and rest-
less, but "answers questions ap-
parently rationally, and says that
he went to enquire into the case
of a Parsi who fell from a tree
and killed himself, and that the
ghost of the Parsi entered into
him and made him mad."
There is "slight mental improve-
ment" in October, and in Nov-
ember it is noted: "Slight
im-
provement, but still uncertain and
easily excited if opposed."
In January he was discharged as
perfectly sane.
9. Arjun
Upadhya;
Hindu;
Constable;
Chapra; 26; No. 166.
Bhang
Toxic in-
sanity.
Good
The medical certificate says he is
irrational and goes naked, and is
"in the acute stage of mania at
present."
The Descriptive
Roll shows that he
became mad during leave in July
1892, and that it is "heard that
last year he became insane, but
cured;" that he is addicted to
"ganja and bhang," which are
assigned as causing the insanity.
It is not known whether there is
any history of heredity or epilepsy
Admitted, 28th August 1892.
Discharged, 31st January 1893.
On admission he was violent, dan-
gerous, dirty, sleepless, and rest-
less, but "answers questions ap-
parently rationally, and says that
he went to enquire into the case
of a Parsi who fell from a tree
and killed himself, and that the
ghost of the Parsi entered into
him and made him mad."
There is "slight mental improve-
ment" in October, and in Nov-
ember it is noted: "Slight
im-
provement, but still uncertain and
easily excited if opposed."
In January he was discharged as
perfectly sane.
9. Arjun
Upadhya;
Hindu;
Constable;
Chapra; 26; No. 166.
Bhang
Toxic in-
sanity.
Good
The medical certificate says he is
irrational and goes naked, and is
"in the acute stage of mania at
present."
The Descriptive
Roll shows that he
became mad during leave in July
1892, and that it is "heard that
last year he became insane, but
cured;" that he is addicted to
"ganja and bhang," which are
assigned as causing the insanity.
It is not known whether there is
any history of heredity or epilepsy
Admitted, 28th August 1892.
Discharged, 31st January 1893.
On admission he was violent, dan-
gerous, dirty, sleepless, and rest-
less, but "answers questions ap-
parently rationally, and says that
he went to enquire into the case
of a Parsi who fell from a tree
and killed himself, and that the
ghost of the Parsi entered into
him and made him mad."
There is "slight mental improve-
ment" in October, and in Nov-
ember it is noted: "Slight
im-
provement, but still uncertain and
easily excited if opposed."
In January he was discharged as
perfectly sane.
9. Arjun
Upadhya;
Hindu;
Constable;
Chapra; 26; No. 166.
Bhang
Toxic in-
sanity.
Good
The medical certificate says he is
irrational and goes naked, and is
"in the acute stage of mania at
present."
The Descriptive
Roll shows that he
became mad during leave in July
1892, and that it is "heard that
last year he became insane, but
cured;" that he is addicted to
"ganja and bhang," which are
assigned as causing the insanity.
It is not known whether there is
any history of heredity or epilepsy
Admitted, 28th August 1892.
Discharged, 31st January 1893.
On admission he was violent, dan-
gerous, dirty, sleepless, and rest-
less, but "answers questions ap-
parently rationally, and says that
he went to enquire into the case
of a Parsi who fell from a tree
and killed himself, and that the
ghost of the Parsi entered into
him and made him mad."
There is "slight mental improve-
ment" in October, and in Nov-
ember it is noted: "Slight
im-
provement, but still uncertain and
easily excited if opposed."
In January he was discharged as
perfectly sane.
9. Arjun
Upadhya;
Hindu;
Constable;
Chapra; 26; No. 166.
Bhang
Toxic in-
sanity.
Good
The medical certificate says he is
irrational and goes naked, and is
"in the acute stage of mania at
present."
The Descriptive
Roll shows that he
became mad during leave in July
1892, and that it is "heard that
last year he became insane, but
cured;" that he is addicted to
"ganja and bhang," which are
assigned as causing the insanity.
It is not known whether there is
any history of heredity or epilepsy
Admitted, 28th August 1892.
Discharged, 31st January 1893.
On admission he was violent, dan-
gerous, dirty, sleepless, and rest-
less, but "answers questions ap-
parently rationally, and says that
he went to enquire into the case
of a Parsi who fell from a tree
and killed himself, and that the
ghost of the Parsi entered into
him and made him mad."
There is "slight mental improve-
ment" in October, and in Nov-
ember it is noted: "Slight
im-
provement, but still uncertain and
easily excited if opposed."
In January he was discharged as
perfectly sane.